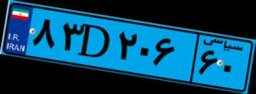
۸۳D۲۰۶۶۰